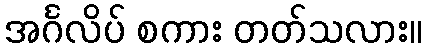
အင်္ဂလိပ် စကား တတ်သလား။